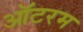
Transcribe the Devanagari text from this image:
ऑटरम